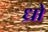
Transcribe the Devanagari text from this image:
ध्रो